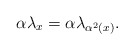
\begin{align*}\alpha\lambda_{x}=\alpha\lambda_{\alpha^{2}(x)}.\end{align*}